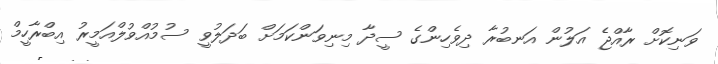
ވަނިކޮށް ރާއްޖެ އަލުން އަނބުރާ ދިވެހިންގެ ސީދާ މިނިވަންކަމަށް ބަދަލުވީ ސުމުއްވުލްއަމީރު އިބްރާހީމް